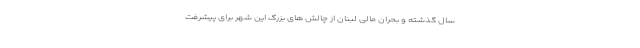
سال گذشته و بحران مالی لبنان از چالش های بزرگ این شهر برای پیشرفت